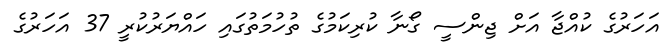
އަހަރުގެ ކުއްޖާ އަށް ޖިންސީ ގޯނާ ކުރިކަމުގެ ތުހުމަތުގައި ހައްޔަރުކުރީ 37 އަހަރުގެ